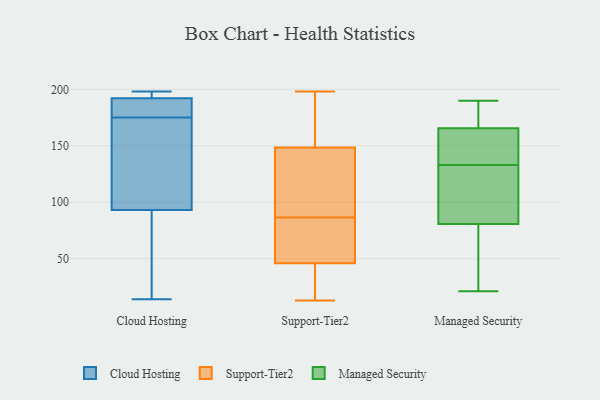
{"axis": {"x": "Customer Acquisition Cost (USD)", "y": "Value"}, "legend": ["Cloud Hosting", "Managed Security", "Support-Tier2"], "data": [{"x": "", "y": 198, "type": "Cloud Hosting"}, {"x": "", "y": 193, "type": "Cloud Hosting"}, {"x": "", "y": 189, "type": "Cloud Hosting"}, {"x": "", "y": 128, "type": "Cloud Hosting"}, {"x": "", "y": 175, "type": "Cloud Hosting"}, {"x": "", "y": 14, "type": "Cloud Hosting"}, {"x": "", "y": 179, "type": "Cloud Hosting"}, {"x": "", "y": 108, "type": "Cloud Hosting"}, {"x": "", "y": 194, "type": "Cloud Hosting"}, {"x": "", "y": 78, "type": "Cloud Hosting"}, {"x": "", "y": 88, "type": "Cloud Hosting"}, {"x": "", "y": 81, "type": "Support-Tier2"}, {"x": "", "y": 183, "type": "Support-Tier2"}, {"x": "", "y": 198, "type": "Support-Tier2"}, {"x": "", "y": 25, "type": "Support-Tier2"}, {"x": "", "y": 60, "type": "Support-Tier2"}, {"x": "", "y": 41, "type": "Support-Tier2"}, {"x": "", "y": 72, "type": "Support-Tier2"}, {"x": "", "y": 45, "type": "Support-Tier2"}, {"x": "", "y": 134, "type": "Support-Tier2"}, {"x": "", "y": 61, "type": "Support-Tier2"}, {"x": "", "y": 92, "type": "Support-Tier2"}, {"x": "", "y": 16, "type": "Support-Tier2"}, {"x": "", "y": 157, "type": "Support-Tier2"}, {"x": "", "y": 47, "type": "Support-Tier2"}, {"x": "", "y": 118, "type": "Support-Tier2"}, {"x": "", "y": 163, "type": "Support-Tier2"}, {"x": "", "y": 140, "type": "Support-Tier2"}, {"x": "", "y": 107, "type": "Support-Tier2"}, {"x": "", "y": 178, "type": "Support-Tier2"}, {"x": "", "y": 13, "type": "Support-Tier2"}, {"x": "", "y": 168, "type": "Managed Security"}, {"x": "", "y": 139, "type": "Managed Security"}, {"x": "", "y": 115, "type": "Managed Security"}, {"x": "", "y": 70, "type": "Managed Security"}, {"x": "", "y": 21, "type": "Managed Security"}, {"x": "", "y": 63, "type": "Managed Security"}, {"x": "", "y": 45, "type": "Managed Security"}, {"x": "", "y": 159, "type": "Managed Security"}, {"x": "", "y": 166, "type": "Managed Security"}, {"x": "", "y": 164, "type": "Managed Security"}, {"x": "", "y": 174, "type": "Managed Security"}, {"x": "", "y": 190, "type": "Managed Security"}, {"x": "", "y": 113, "type": "Managed Security"}, {"x": "", "y": 118, "type": "Managed Security"}, {"x": "", "y": 133, "type": "Managed Security"}]}